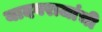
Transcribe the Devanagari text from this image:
यादवराजांची